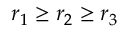
r _ { 1 } \ge r _ { 2 } \ge r _ { 3 }